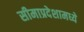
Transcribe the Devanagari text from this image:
सीमाप्रदेशामध्ये